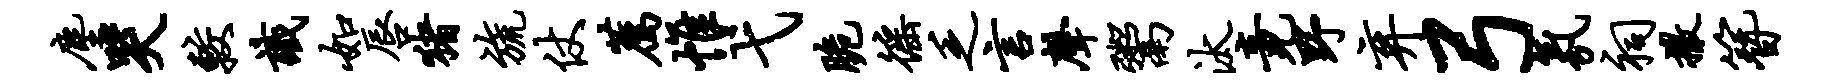
尘哭较识如唇猪旒仗荐帷弋脆徭乏言声鬻汰竟野弃弓氛祠撒簪